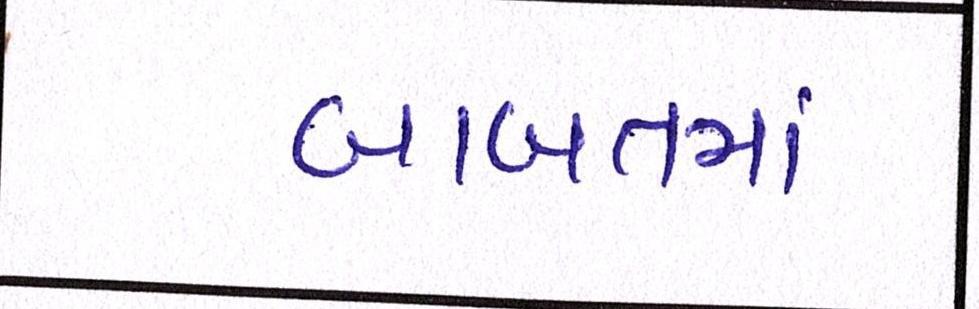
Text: બાબતમાં